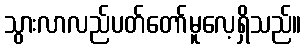
သွားလာလည်ပတ်တော်မူလေ့ရှိသည်။